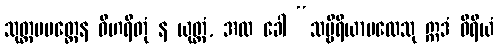
သုတ္တပမတ္တေန ဝိဟရိတုံ န ယုတ္တံ, အထ ခေါ “သဗ္ဗိရိယာပထေသု ဣဒံ ဝီရိယံ